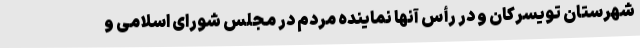
شهرستان تویسرکان و در رأس آنها نماینده مردم در مجلس شورای اسلامی و